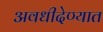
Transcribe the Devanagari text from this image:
अवधीदेण्यात